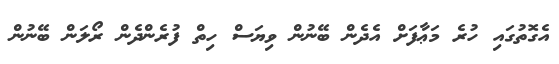
އެގޮތުގައި ހުރެ މަޢާފަށް އެދެން ބޭނުން ވިޔަސް ހިތް ފުރެންދެން ރޯލަން ބޭނުން